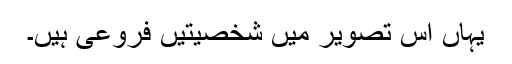
یہاں اس تصویر میں شخصیتیں فروعی ہیں۔